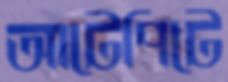
আটেপিটে